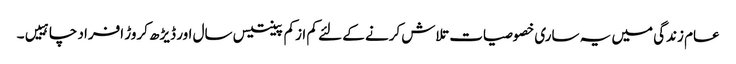
عام زندگی میں یہ ساری خصوصیات تلاش کرنے کے لئے کم ازکم پینتیس سال اور ڈیڑھ کروڑ افراد چاہییں۔